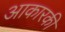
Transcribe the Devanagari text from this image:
आकारकी